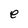
Character: e